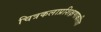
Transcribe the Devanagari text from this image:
चित्रकलाप्रशिक्षणाकरिता